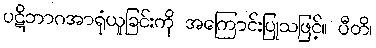
ပဋိဘာဂအာရုံယူခြင်းကို အကြောင်းပြုသဖြင့်။ ပီတိ၊